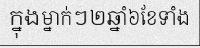
ក្នុងម្នាក់ៗ២ឆ្នាំ៦ខែទាំង